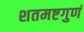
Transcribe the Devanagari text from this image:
शतमष्टगुणं